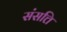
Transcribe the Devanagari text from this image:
संसत्ति